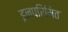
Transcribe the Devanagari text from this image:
इनपरिमित